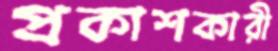
প্রকাশকারী